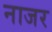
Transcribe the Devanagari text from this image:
नाजर